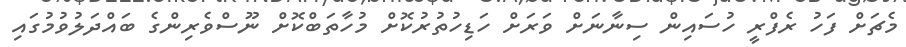
މެޗަށް ފަހު ރެފްރީ ހުސައިން ސިނާނަށް ވަރަށް ހަޑިހުތުރުކޮށް މުހާތަބްކޮށް ނޫސްވެރިންގެ ބައްދަލުވުމުގައި